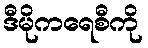
ဒီမိုကရေစီကို